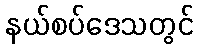
နယ်စပ်ဒေသတွင်